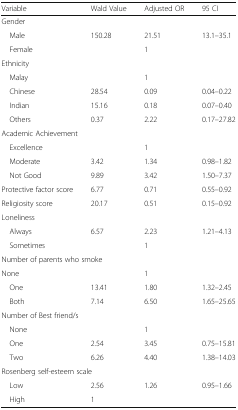
<table><thead><tr><td><b>Variable</b></td><td><b>Wald Value</b></td><td><b>Adjusted OR</b></td><td><b>95 CI</b></td></tr></thead><tbody><tr><td colspan="4">Gender</td></tr><tr><td> Male</td><td>150.28</td><td>21.51</td><td>13.1–35.1</td></tr><tr><td> Female</td><td></td><td>1</td><td></td></tr><tr><td colspan="4">Ethnicity</td></tr><tr><td> Malay</td><td></td><td>1</td><td></td></tr><tr><td> Chinese</td><td>28.54</td><td>0.09</td><td>0.04–0.22</td></tr><tr><td> Indian</td><td>15.16</td><td>0.18</td><td>0.07–0.40</td></tr><tr><td> Others</td><td>0.37</td><td>2.22</td><td>0.17–27.82</td></tr><tr><td colspan="4">Academic Achievement</td></tr><tr><td> Excellence</td><td></td><td>1</td><td></td></tr><tr><td> Moderate</td><td>3.42</td><td>1.34</td><td>0.98–1.82</td></tr><tr><td> Not Good</td><td>9.89</td><td>3.42</td><td>1.50–7.37</td></tr><tr><td>Protective factor score</td><td>6.77</td><td>0.71</td><td>0.55–0.92</td></tr><tr><td>Religiosity score</td><td>20.17</td><td>0.51</td><td>0.15–0.92</td></tr><tr><td colspan="4">Loneliness</td></tr><tr><td> Always</td><td>6.57</td><td>2.23</td><td>1.21–4.13</td></tr><tr><td> Sometimes</td><td></td><td>1</td><td></td></tr><tr><td colspan="4">Number of parents who smoke</td></tr><tr><td>None</td><td></td><td>1</td><td></td></tr><tr><td> One</td><td>13.41</td><td>1.80</td><td>1.32–2.45</td></tr><tr><td> Both</td><td>7.14</td><td>6.50</td><td>1.65–25.65</td></tr><tr><td colspan="4">Number of Best friend/s</td></tr><tr><td> None</td><td></td><td>1</td><td></td></tr><tr><td> One</td><td>2.54</td><td>3.45</td><td>0.75–15.81</td></tr><tr><td> Two</td><td>6.26</td><td>4.40</td><td>1.38–14.03</td></tr><tr><td colspan="4">Rosenberg self-esteem scale</td></tr><tr><td> Low</td><td>2.56</td><td>1.26</td><td>0.95–1.66</td></tr><tr><td> High</td><td>1</td><td></td><td></td></tr></tbody></table>